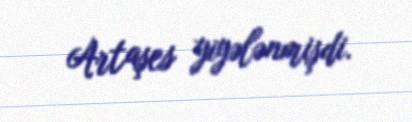
Artaşes yiyələnmişdi.